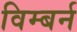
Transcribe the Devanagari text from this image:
विम्बर्न